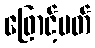
ဖြောင့်မတ်